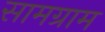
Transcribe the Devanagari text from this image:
सामग्राम